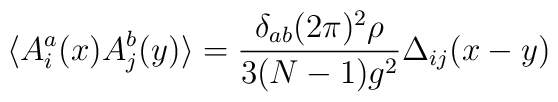
\langle A^a_i(x)A^b_j(y) \rangle = \frac{\delta_{ab}(2\pi )^2\rho}{3(N-1)g^2}\Delta_{ij}(x-y)